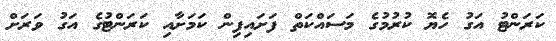
ކަރަންޓު އަގު ހެޔޮ ކުރުމުގެ މަސައްކަތް ފަށައިފިން ކަމަށާއި ކަރަންޓުގެ އަގު ވަރަށް